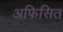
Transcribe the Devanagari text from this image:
अफिसित